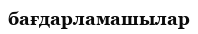
бағдарламашылар